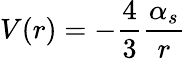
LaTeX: V(r)=-\frac{4}{3}\frac{\alpha_{s}}{r}